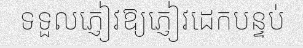
ទទួលភ្ញៀវឱ្យភ្ញៀវដេកបន្ទប់